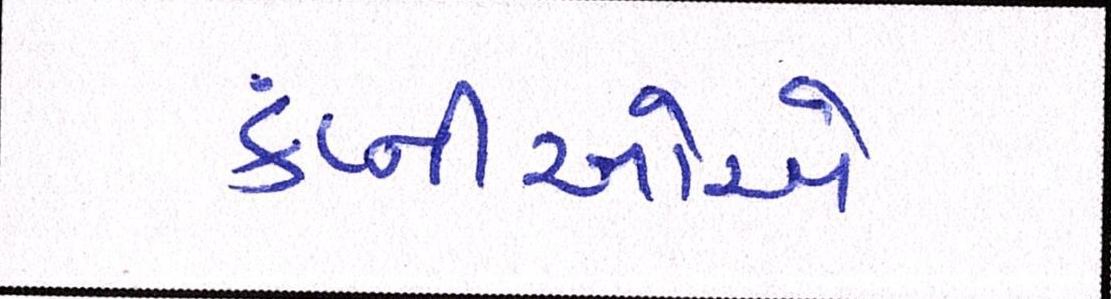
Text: કંપ્નીઓએ